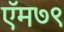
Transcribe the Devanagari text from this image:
ऍम७९